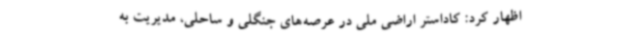
اظهار کرد: کاداستر اراضی ملی در عرصه‌های جنگلی و ساحلی، مدیریت به